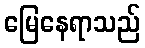
မြေနေရာသည်